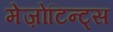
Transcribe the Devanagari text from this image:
मेज़ोटिन्ट्स